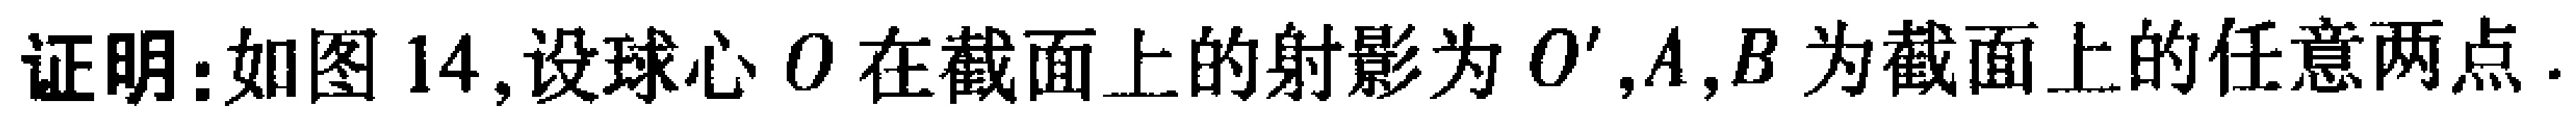
证明：如图 14,设球心 \(O\) 在截面上的射影为 \(O'\),\(A,B\) 为截面上的任意两点.